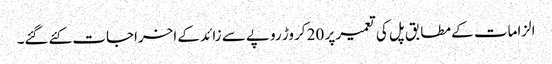
الزامات کے مطابق پل کی تعمیر پر 20 کروڑ روپے سے زائد کے اخراجات کئےگئے۔